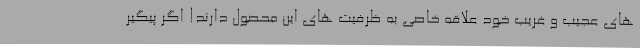
های عجیب و غریب خود علاقه خاصی به ظرفیت های این محصول دارند! اگر پیگیر